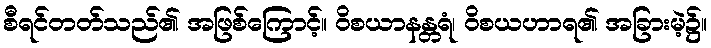
စီရင်တတ်သည်၏ အဖြစ်ကြောင့်။ ဝိစယာနန္တရံ၊ ဝိစယဟာရ၏ အခြားမဲ့၌။